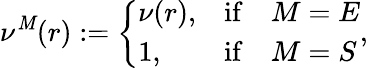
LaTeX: \nu^{\mathit{M}}(r):=\left\{ \begin{array}{lcl}{\nu(r),}&{\mathrm{if}}&{M=E}\\ {1,}&{\mathrm{if}}&{M=S}\end{array}\right.,